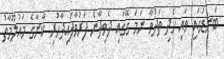
ބަނޑުގައި ވައި ހެދި ތަދުވާ ނަމަ ގޭގައި ދެވިދާނެ ފަރުވާފައިދާހުރި ކާނާގެ މައުލޫމާތު